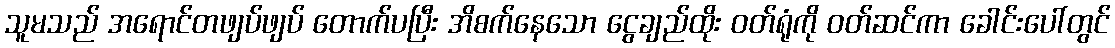
သူမသည် အရောင်တဖျပ်ဖျပ် တောက်ပပြီး အိစက်နေသော ငွေချည်ထိုး ဝတ်ရုံကို ဝတ်ဆင်ကာ ခေါင်းပေါ်တွင်